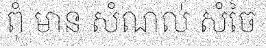
ពុំ មាន សំណល់ សំចៃ